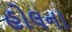
હોલના